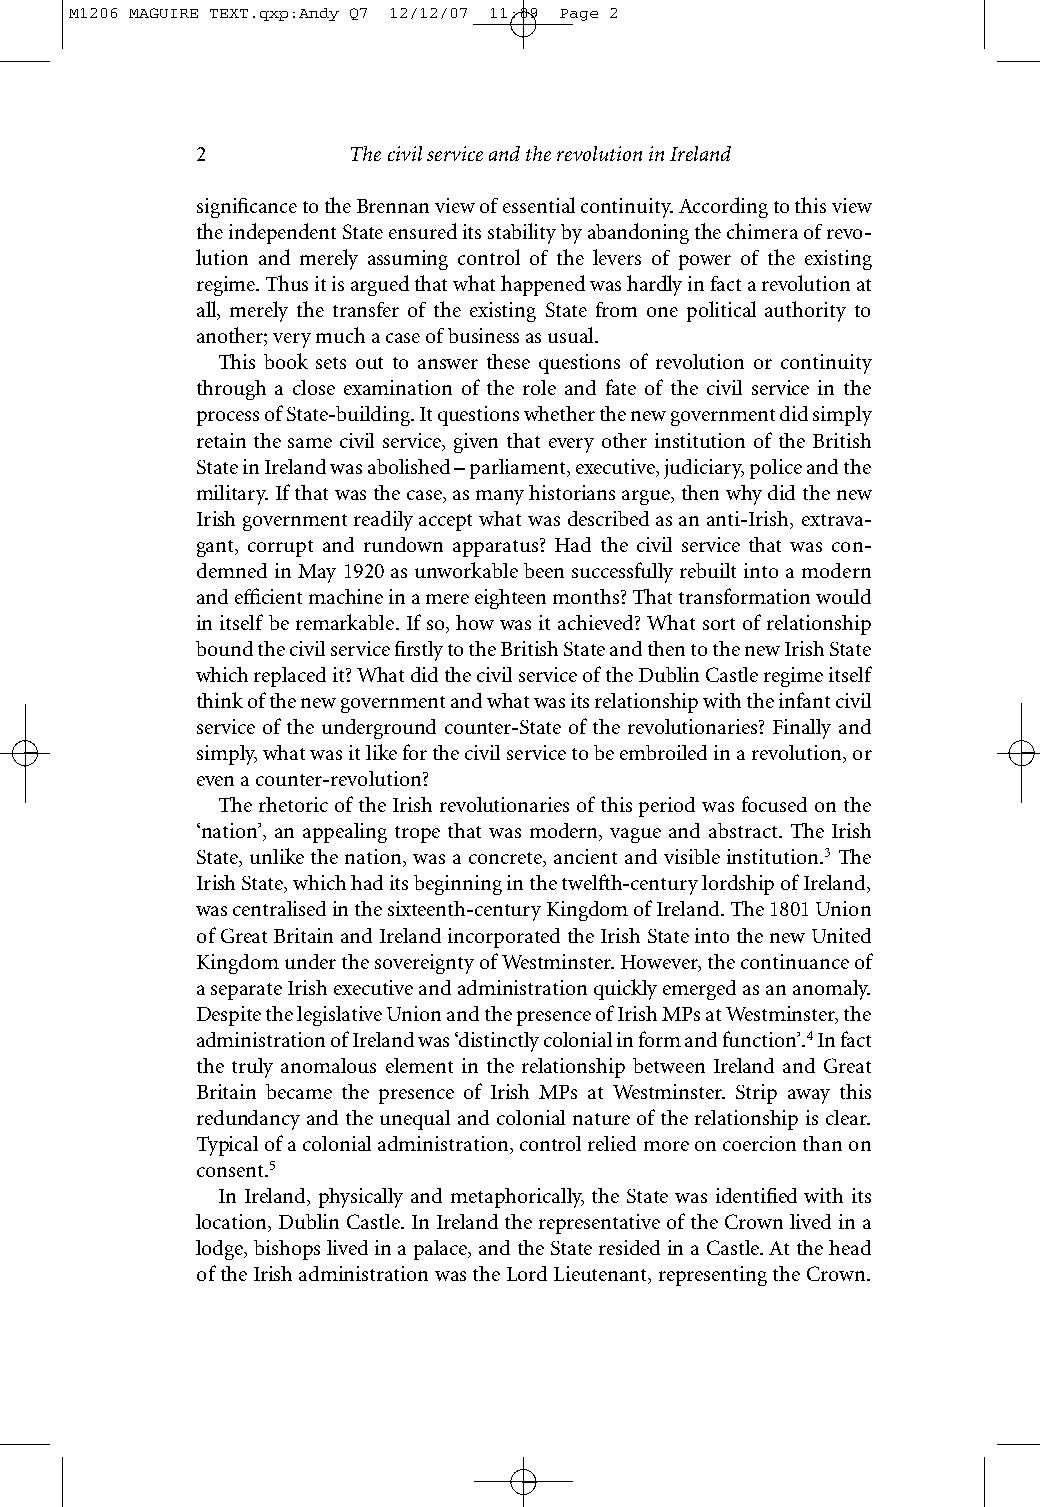
M1206 MAGUIRE TEXT.qxp:Andy Q7 12/12/07 11:09 Page 2
 2         The civil service and the revolution in Ireland
 significance to the Brennan view of essential continuity. According to this view
 the independent State ensured its stability by abandoning the chimera of revo-
 lution and merely assuming control of the levers of power of the existing
 regime. Thus it is argued that what happened was hardly in fact a revolution at
 all, merely the transfer of the existing State from one political authority to
 another; very much a case of business as usual.
 This book sets out to answer these questions of revolution or continuity
 through a close examination of the role and fate of the civil service in the
 process of State-building. It questions whether the new government did simply
 retain the same civil service, given that every other institution of the British
 State in Ireland was abolished – parliament, executive, judiciary, police and the
 military. If that was the case, as many historians argue, then why did the new
 Irish government readily accept what was described as an anti-Irish, extrava-
 gant, corrupt and rundown apparatus? Had the civil service that was con-
 demned in May 1920 as unworkable been successfully rebuilt into a modern
 and efficient machine in a mere eighteen months? That transformation would
 in itself be remarkable. If so, how was it achieved? What sort of relationship
 bound the civil service firstly to the British State and then to the new Irish State
 which replaced it? What did the civil service of the Dublin Castle regime itself
 think of the new government and what was its relationship with the infant civil
 service of the underground counter-State of the revolutionaries? Finally and
 simply, what was it like for the civil service to be embroiled in a revolution, or
 even a counter-revolution?
 The rhetoric of the Irish revolutionaries of this period was focused on the
 ‘nation’, an appealing trope that was modern, vague and abstract. The Irish
 State, unlike the nation, was a concrete, ancient and visible institution.3 The
 Irish State, which had its beginning in the twelfth-century lordship of Ireland,
 was centralised in the sixteenth-century Kingdom of Ireland. The 1801 Union
 of Great Britain and Ireland incorporated the Irish State into the new United
 Kingdom under the sovereignty of Westminster. However, the continuance of
 a separate Irish executive and administration quickly emerged as an anomaly.
 Despite the legislative Union and the presence of Irish MPs at Westminster, the
 administration of Ireland was ‘distinctly colonial in form and function’.4In fact
 the truly anomalous element in the relationship between Ireland and Great
 Britain became the presence of Irish MPs at Westminster. Strip away this
 redundancy and the unequal and colonial nature of the relationship is clear.
 Typical of a colonial administration, control relied more on coercion than on
 consent.5
 In Ireland, physically and metaphorically, the State was identified with its
 location, Dublin Castle. In Ireland the representative of the Crown lived in a
 lodge, bishops lived in a palace, and the State resided in a Castle. At the head
 of the Irish administration was the Lord Lieutenant, representing the Crown.